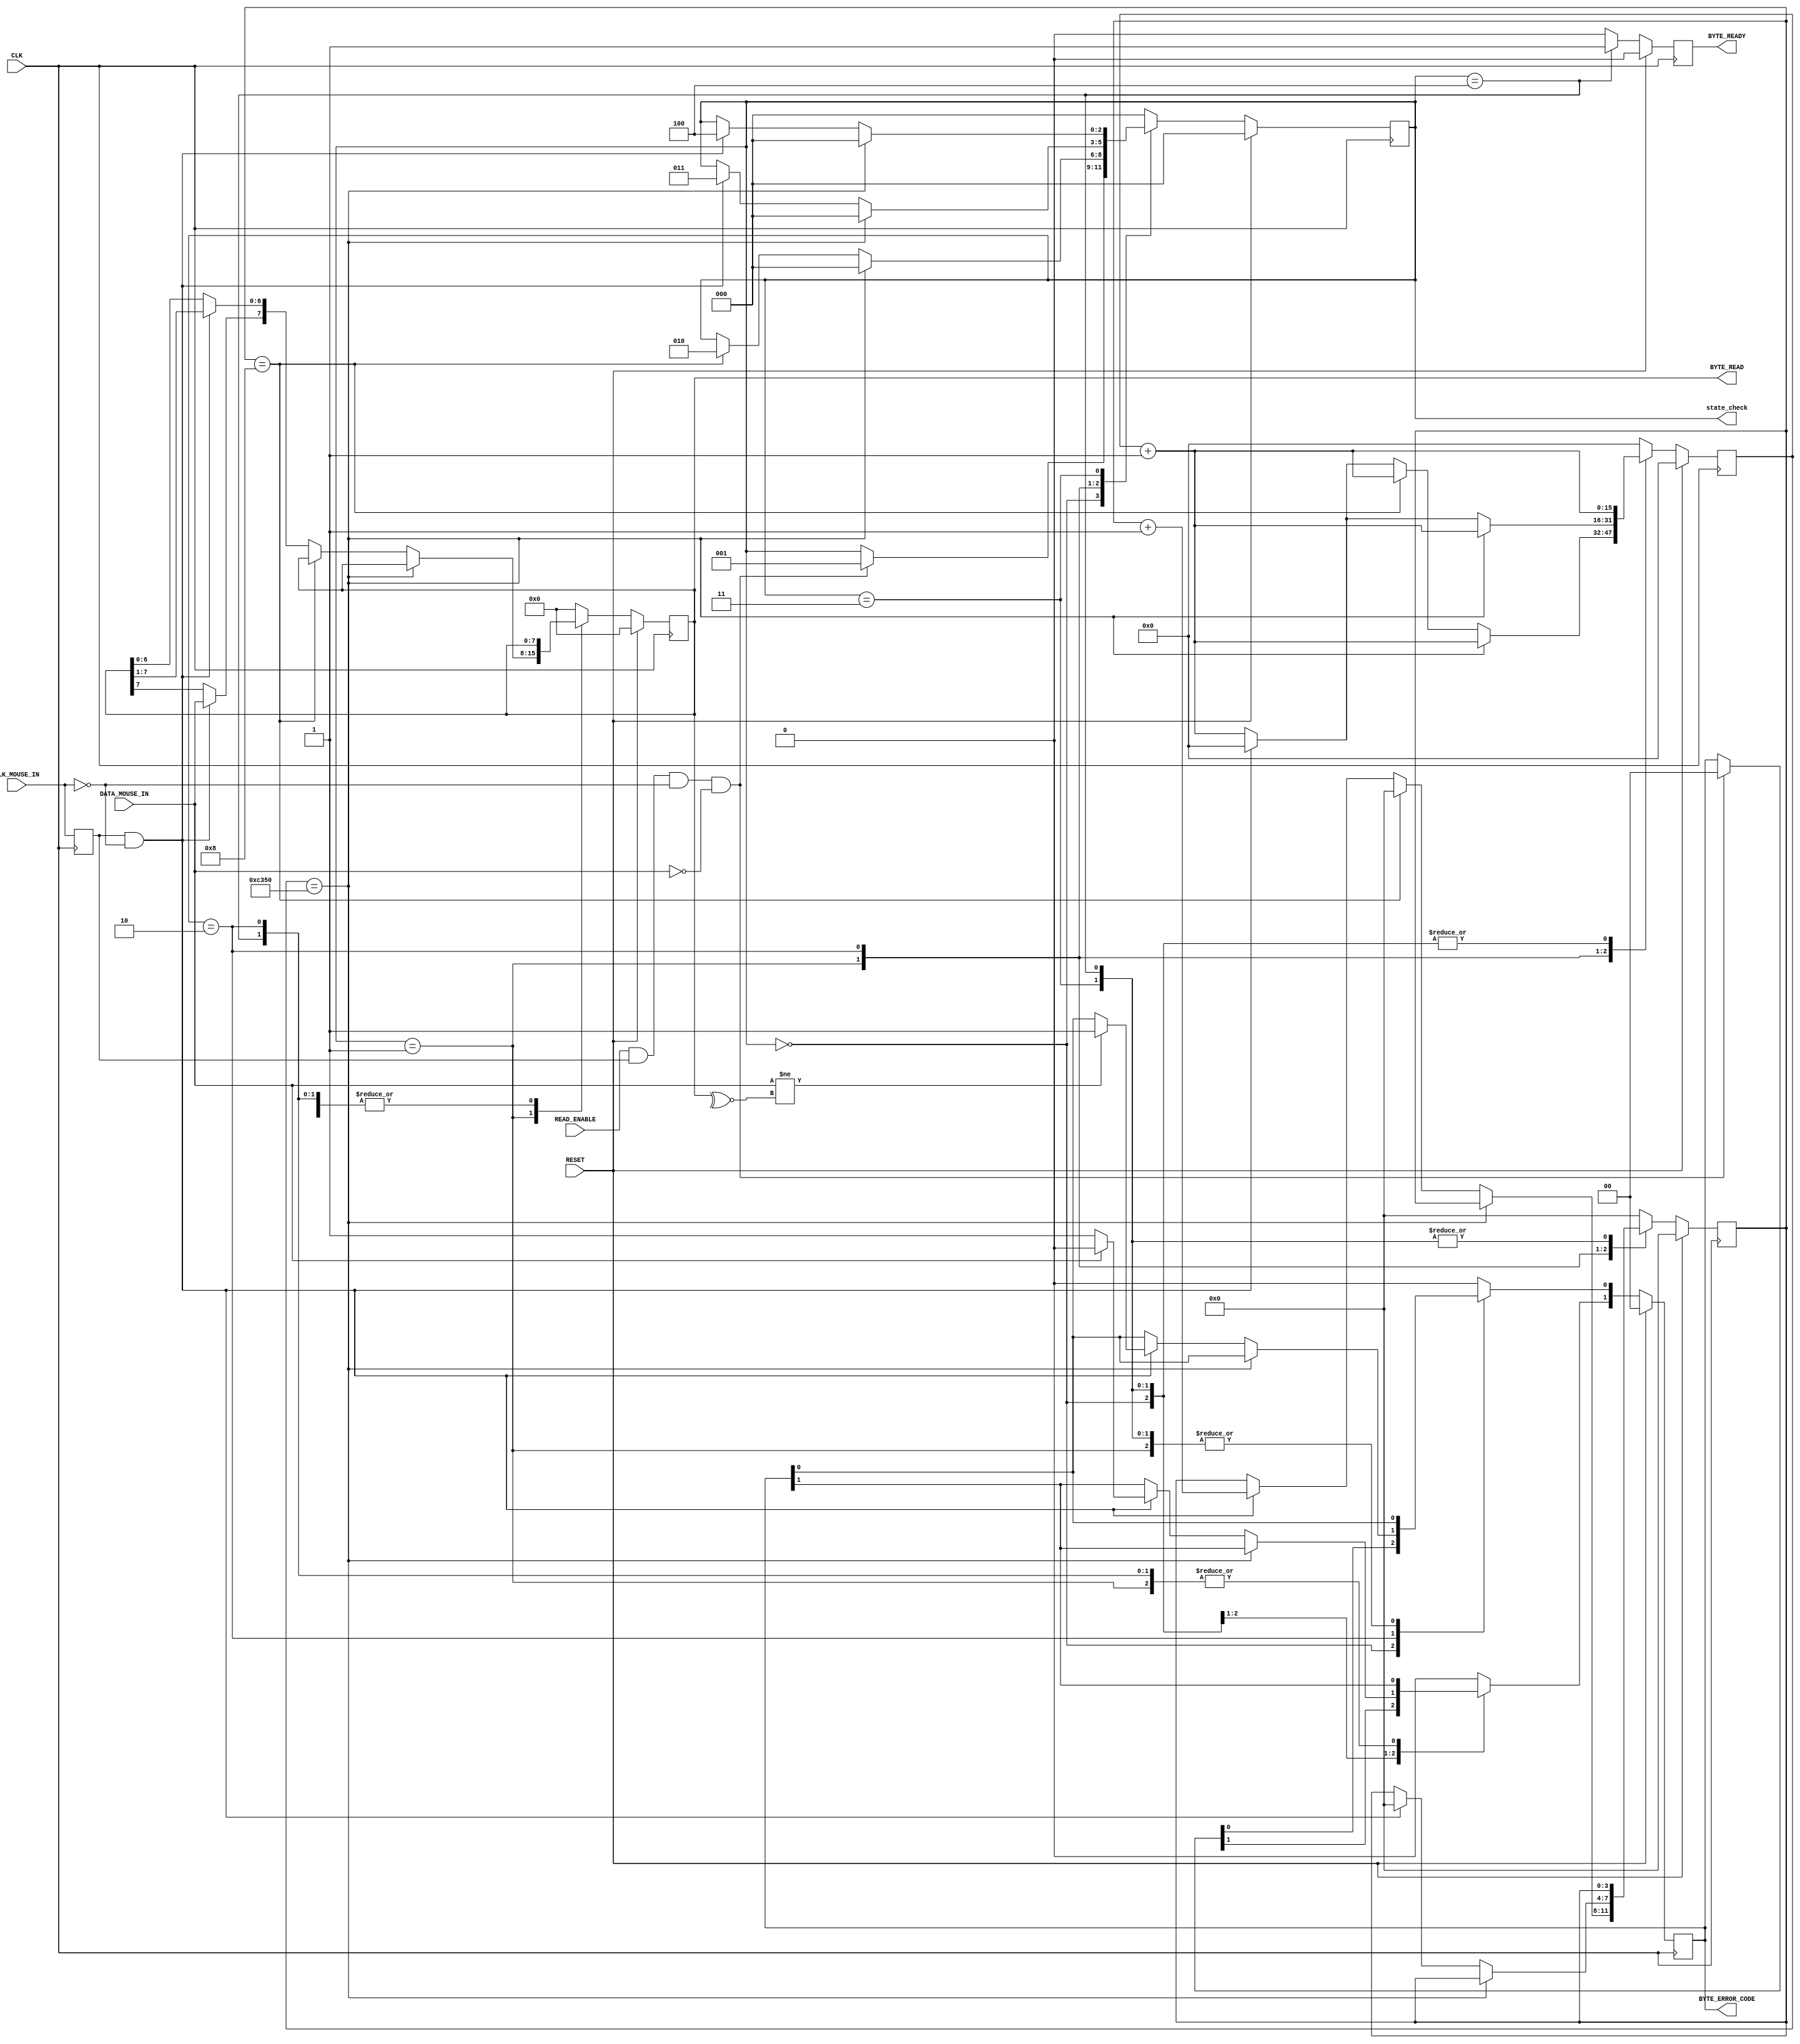
module MouseReceiver(
    output [2:0] state_check,

    //Standard Inputs
    input RESET,
    input CLK,
    //Mouse IO - CLK
    input CLK_MOUSE_IN,
    //Mouse IO - DATA
    input DATA_MOUSE_IN,
    //Control
    input READ_ENABLE,
    output [7:0] BYTE_READ,
    output [1:0] BYTE_ERROR_CODE,
    output BYTE_READY
);

    assign state_check=Curr_State;

    //////////////////////////////////////////////////////////
    // Clk Mouse delayed to detect clock edges
    
    reg ClkMouseInDly;
    
    always@(posedge CLK)
        ClkMouseInDly <= CLK_MOUSE_IN;
        
    //////////////////////////////////////////////////////////
    //A simple state machine to handle the incoming 11-bit codewords
    
    reg [2:0] Curr_State, Next_State;
    reg [7:0] Curr_MSCodeShiftReg, Next_MSCodeShiftReg;
    reg [3:0] Curr_BitCounter, Next_BitCounter;
    reg Curr_ByteReceived, Next_ByteReceived;
    reg [1:0] Curr_MSCodeStatus, Next_MSCodeStatus;
    reg [15:0] Curr_TimeoutCounter, Next_TimeoutCounter;
    
    //Sequential
    
    always @(posedge CLK) begin
        if(RESET) begin
            Curr_State <= 3'b000;
            Curr_MSCodeShiftReg <= 8'h00;
            Curr_BitCounter <= 0;
            Curr_ByteReceived <= 1'b0;
            Curr_MSCodeStatus <= 2'b00;
            Curr_TimeoutCounter <= 0;
        end 
        else begin
            Curr_State <= Next_State;
            Curr_MSCodeShiftReg <= Next_MSCodeShiftReg;
            Curr_BitCounter <= Next_BitCounter;
            Curr_ByteReceived <= Next_ByteReceived;
            Curr_MSCodeStatus <= Next_MSCodeStatus;
            Curr_TimeoutCounter <= Next_TimeoutCounter;
        end
    end
    
    //Combinatorial
    always @(*) begin
        //defaults to make the State Machine more readable
        Next_State = Curr_State;
        Next_MSCodeShiftReg = Curr_MSCodeShiftReg;
        Next_BitCounter = Curr_BitCounter;
        Next_ByteReceived = 1'b0;
        Next_MSCodeStatus = Curr_MSCodeStatus;
        Next_TimeoutCounter = Curr_TimeoutCounter + 1'b1;
        
        //The states
        case (Curr_State)
            3'b000: begin
                //Falling edge of Mouse clock and MouseData is low i.e. start bit
                if(READ_ENABLE & ClkMouseInDly & ~CLK_MOUSE_IN & ~DATA_MOUSE_IN) begin
                    Next_State = 3'b001;
                    Next_MSCodeStatus = 2'b00;
                end
                Next_BitCounter = 0;
            end
            
            // Read successive byte bits from the mouse here
            3'b001: begin
                if(Curr_TimeoutCounter == 50000) // 1ms timeout
                    Next_State = 3'b000;
                else if(Curr_BitCounter == 8) begin // if last bit go to parity bit check
                    Next_State = 3'b010;
                    Next_BitCounter = 0;
                end 
                else if(ClkMouseInDly & ~CLK_MOUSE_IN) begin //Shift Byte bits in
                    Next_MSCodeShiftReg[6:0] = Curr_MSCodeShiftReg[7:1];
                    Next_MSCodeShiftReg[7] = DATA_MOUSE_IN;
                    Next_BitCounter = Curr_BitCounter + 1;
                    Next_TimeoutCounter = 0;
                end
            end
            
            //Check Parity Bit
            3'b010: begin
                //Falling edge of Mouse clock and MouseData is odd parity
                if(Curr_TimeoutCounter == 50000)
                    Next_State = 3'b000;
                else if(ClkMouseInDly & ~CLK_MOUSE_IN) begin
                    if (DATA_MOUSE_IN != ~^Curr_MSCodeShiftReg[7:0]) // Parity bit error
                        Next_MSCodeStatus[0] = 1'b1;
                    Next_BitCounter = 0;
                    Next_State = 3'b011;
                    Next_TimeoutCounter = 0;
                end
            end
            
            /*
            Fill in the code for State 3'b011 to detect the Stop bit and set MSCodeStatus [1] accordingly, the final
            State 3'b100, as well as default State
            */
            /*
            ....................
            FILL IN THIS AREA
            ...................
            */
            //detect the Stop bit
            3'b011: begin
                if(Curr_TimeoutCounter == 50000)
                    Next_State = 3'b000;
                else if(ClkMouseInDly & ~CLK_MOUSE_IN) begin
                    if (DATA_MOUSE_IN)
                        Next_MSCodeStatus[1] = 1'b0;
                    else
                        Next_MSCodeStatus[1] = 1'b1;
                    Next_State = 3'b100;
                end
            end
            
            //byte received
            3'b100: begin
                Next_ByteReceived = 1'b1;
                Next_State = 3'b000;
            end
            
            //default
            default: begin
                Next_State = 3'b000;
                Next_MSCodeShiftReg = 8'h00;
                Next_BitCounter = 0;
                Next_ByteReceived = 1'b0;
                Next_MSCodeStatus = 2'b00;
                Next_TimeoutCounter = 0;
            end
        endcase
    end
    
    assign BYTE_READY = Curr_ByteReceived;
    assign BYTE_READ = Curr_MSCodeShiftReg;
    assign BYTE_ERROR_CODE = Curr_MSCodeStatus;

endmodule